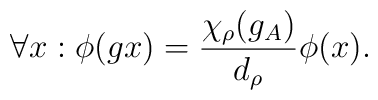
\forall x: \phi(g x)=\frac{\chi_{\rho}(g_A)}{d_{\rho}}\phi(x).